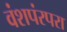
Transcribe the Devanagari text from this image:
वंशपंरपरा